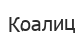
Коалиц